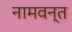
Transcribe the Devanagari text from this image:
नामवन्त